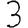
Digit: 3